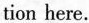
tion here.